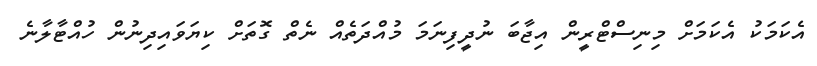
އެކަމަކު އެކަމަށް މިނިސްޓްރީން އިޖާބަ ނުދީފިނަމަ މުއްދަތެއް ނެތް ގޮތަށް ކިޔަވައިދިނުން ހުއްޓާލާނެ